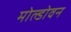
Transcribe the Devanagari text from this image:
मोल्डोवन